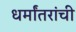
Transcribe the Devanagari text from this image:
धर्मांतरांची